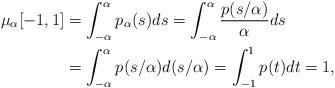
LaTeX: \begin{align*}\mu_{\alpha}[-1,1] &= \int_{-\alpha}^{\alpha} p_{\alpha}(s) ds =\int_{-\alpha}^{\alpha} \dfrac{p(s/\alpha)}{\alpha} ds \\&= \int_{-\alpha}^{\alpha} p(s/\alpha) d(s/\alpha) =\int_{-1}^{1} p(t) dt =1,\end{align*}